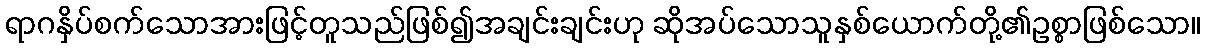
ရာဂနှိပ်စက်သောအားဖြင့်တူသည်ဖြစ်၍အချင်းချင်းဟု ဆိုအပ်သောသူနှစ်ယောက်တို့၏ဥစ္စာဖြစ်သော။